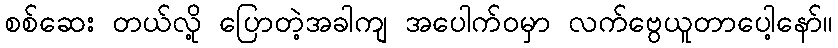
စစ်ဆေး တယ်လို့ ပြောတဲ့အခါကျ အပေါက်ဝမှာ လက်ဗွေယူတာပေါ့နော်။